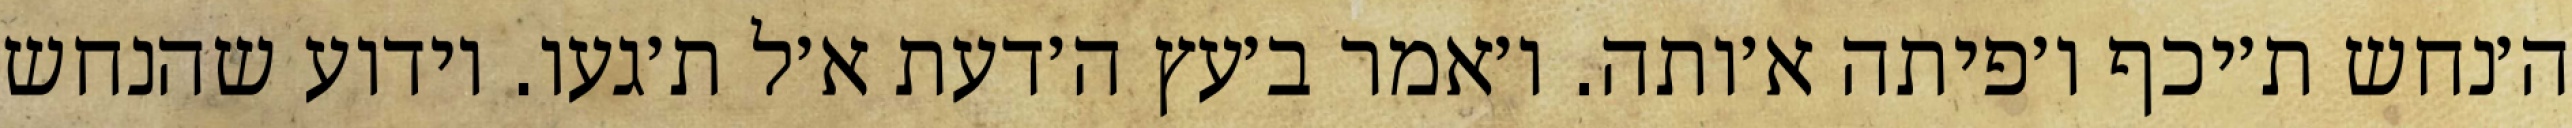
ה׳נחש ת׳יכף ו׳פיתה א׳ותה. ו׳אמר ב׳עץ ה׳דעת א׳ל ת׳געו. וידוע שהנחש